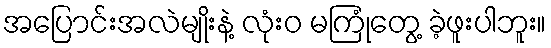
အပြောင်းအလဲမျိုးနဲ့ လုံးဝ မကြုံတွေ့ ခဲ့ဖူးပါဘူး။